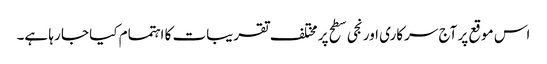
اس موقع پر آج سرکاری اور نجی سطح پر مختلف تقریبات کا اہتمام کیا جا رہا ہے۔